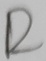
Text: R